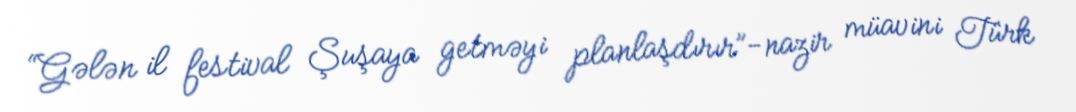
“Gələn il festival Şuşaya getməyi planlaşdırır”-nazir müavini Türk